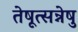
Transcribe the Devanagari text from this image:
तेषूत्सन्नेषु